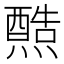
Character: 𤐿